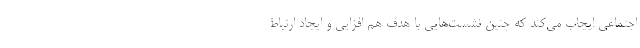
اجتماعی ایجاب می‌کند که چنین نشست‌هایی با هدف هم افزایی و ایجاد ارتباط